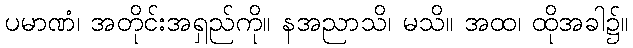
ပမာဏံ၊ အတိုင်းအရှည်ကို။ နအညာသိ၊ မသိ။ အထ၊ ထိုအခါ၌။